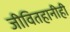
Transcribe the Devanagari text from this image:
जीवितहानीही